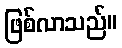
ဖြစ်လာသည်။